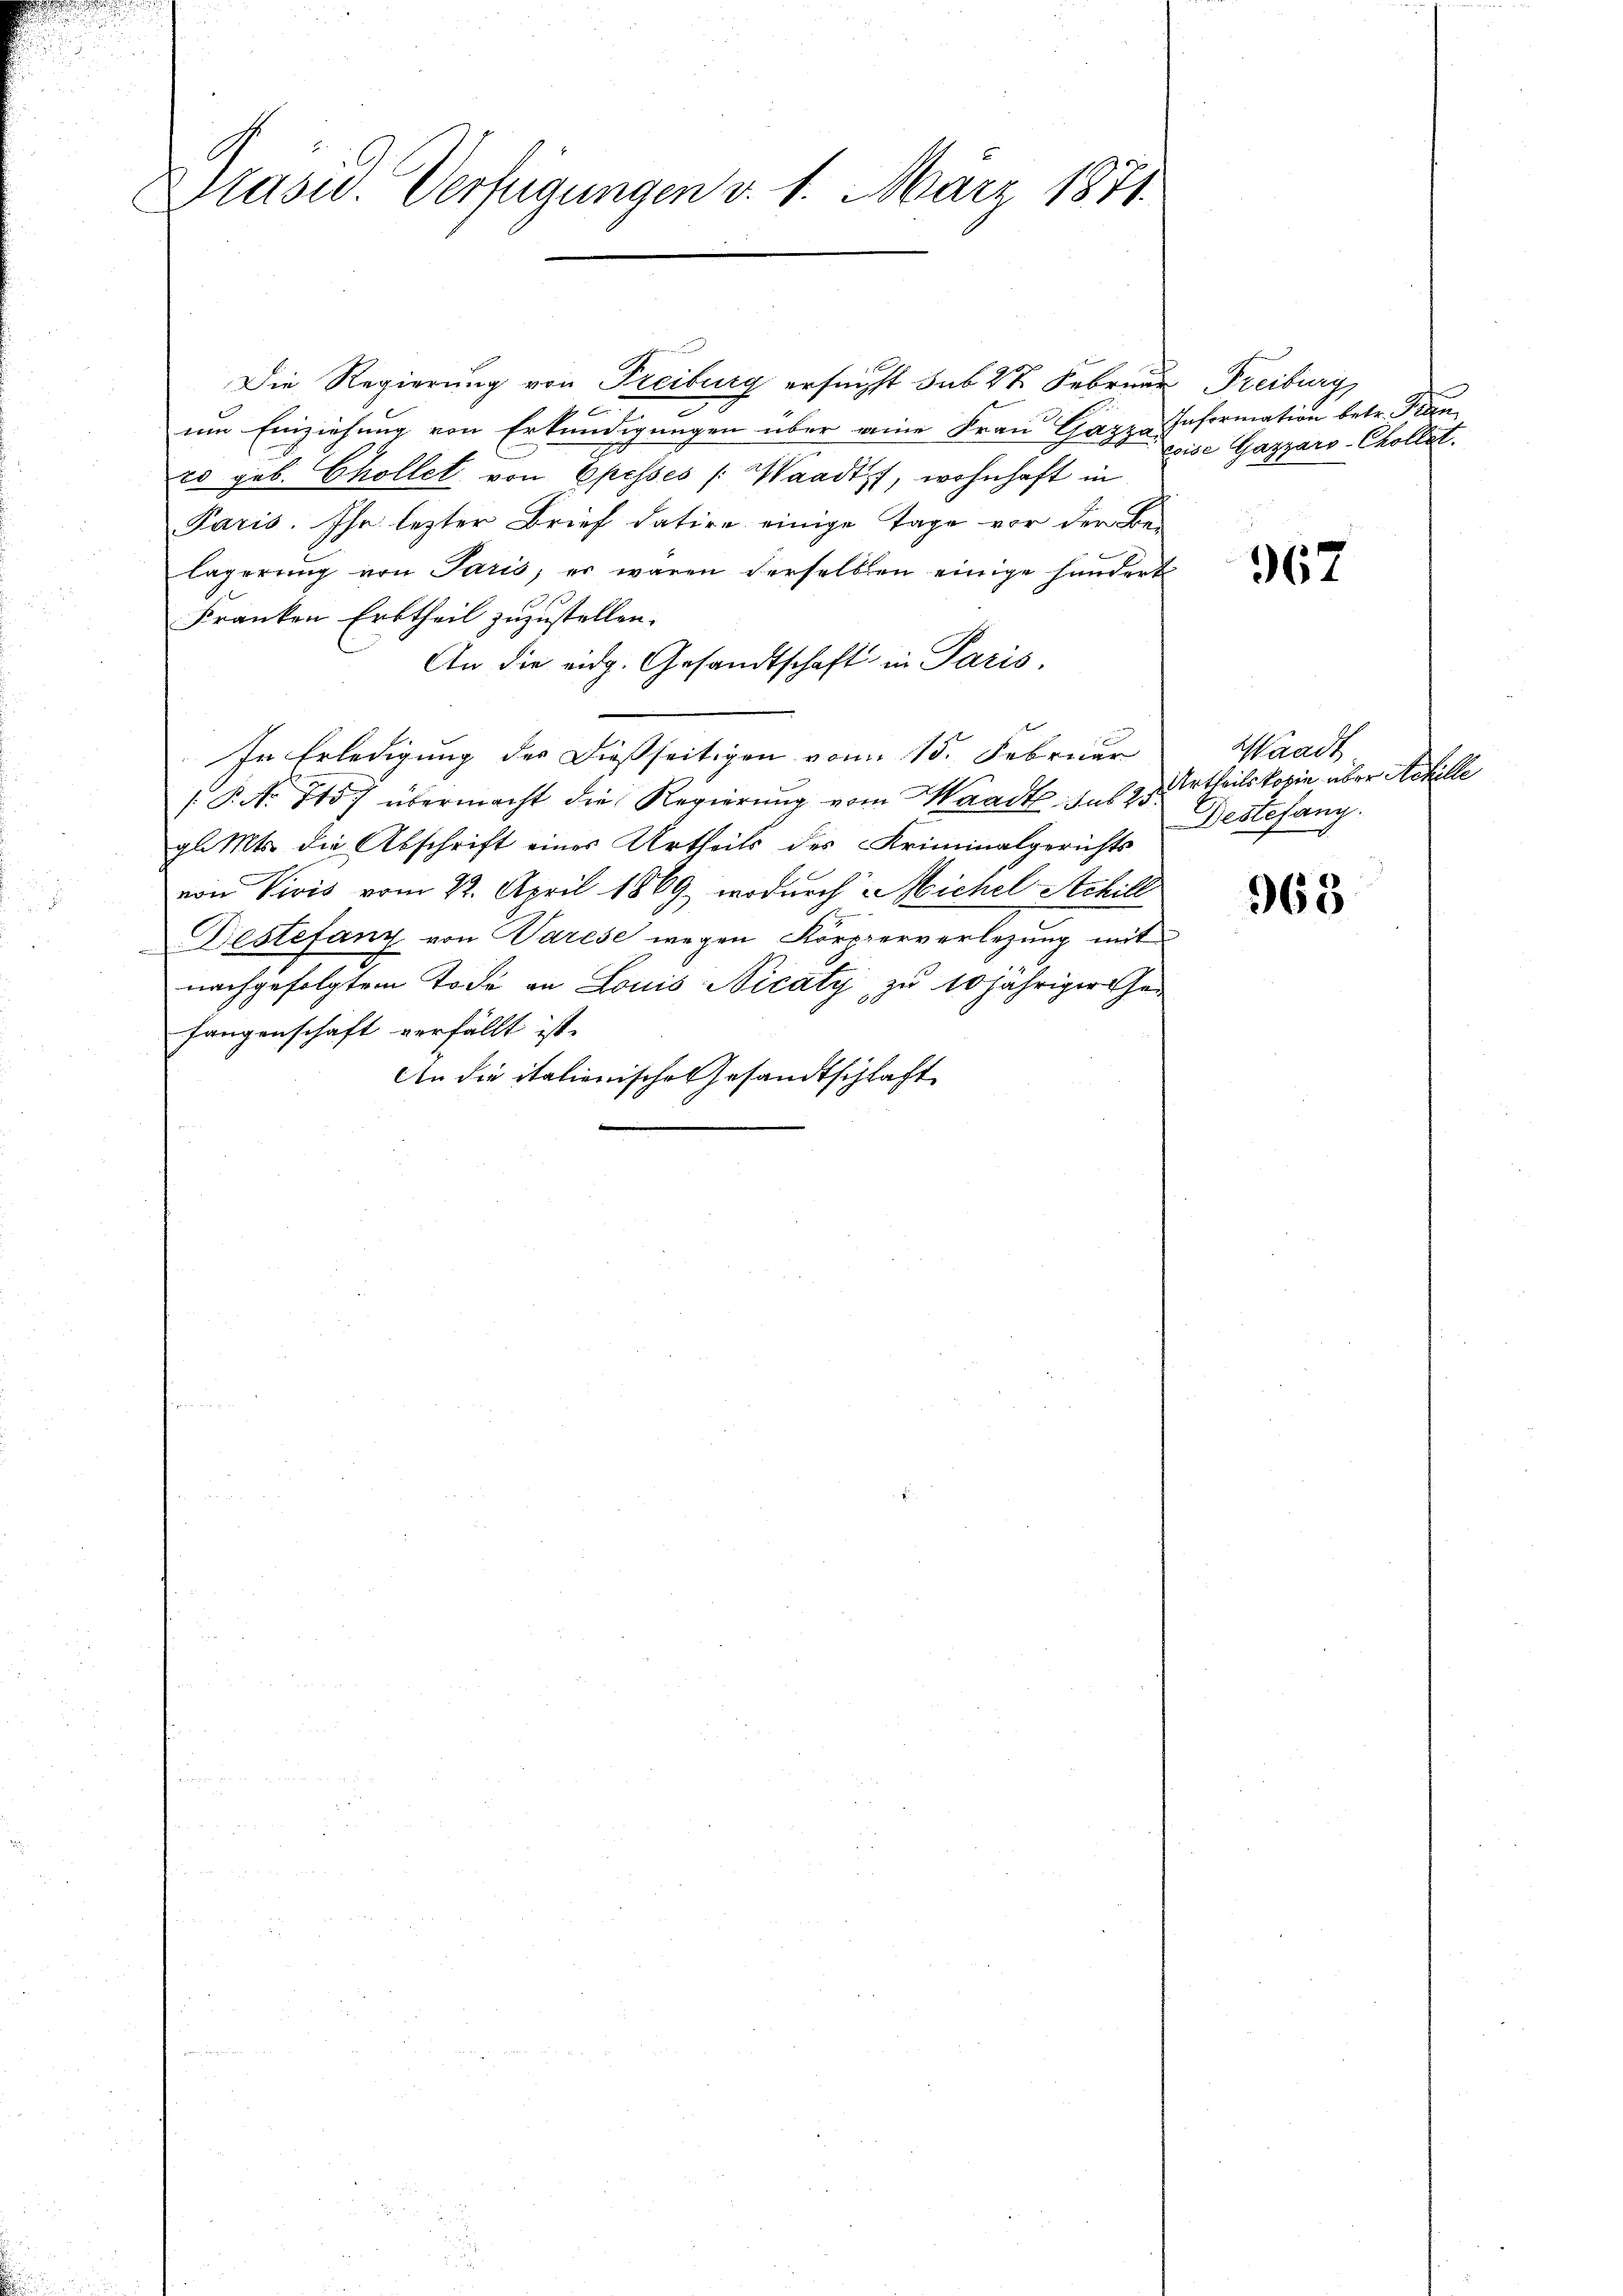
Pasw. Verfügungen v. 1. März 1871.

Die Regierung von Freiburg ersuchst sub 22 Februar Freiburg
90

um Einziehung von Erkundigungen über eine Frau Gazza Information betr. Fran
rs geb. Chollet von Epesses /: Waadt, wohnhaft in
Paris. Ihr lezter Brief datire einige Tage vor der Be-
lagerŭng von Paris, er wären derselben einige handert
Franken Erbtheil zuzustellen.
An die eidg. Gesandtschaft in Paris,
In Erledigung des dießseitigen vom 15. Februar
P.No 115) übermacht die Regierung vom Waadt sub 25
gl. Mts. die Abschrift eines Urtheils des Kriminalgerichts
von Vivis vom 22. April 1869, wodurch Michel Achill
Destetanz von Parese wegen Körperverlegung mit
I
nachgefolgtem Tode an Louis Nicäty zu 10 jähriger her
fangenschaft verfällt ist.
An die italienische Gesandtschlaft

coise Gagyaro-Chollat.

367

Waadt
Urtheilskopie, über Achille
Destefang.

963